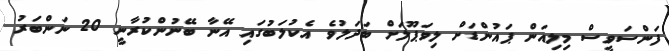
ފަންސަވީސް މިލިއަން ޕައުންޑަށް ލިވަޕޫލަށް ބަދަލުވެ އެކުލަބުގައި އޭނާ ބޭނުންކުރާނީ 20 ނަންބަރު